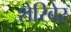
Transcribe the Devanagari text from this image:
शेरिबेर